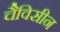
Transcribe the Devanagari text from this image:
चैविसीन